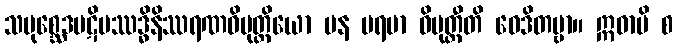
သမုစ္ဆေဒပဋိပဿဒ္ဓိနိဿရဏဝိမုတ္တိယော ပန ပရမာ ဝိမုတ္တီတိ ဝေဒိတဗ္ဗာ။ ဣဓာပိ စ